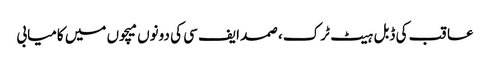
عاقب کی ڈبل ہیٹ ٹرک، صمد ایف سی کی دونوں میچوں میں کامیابی